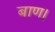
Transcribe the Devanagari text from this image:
बाण।